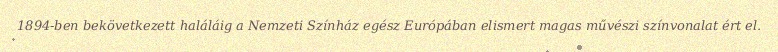
1894-ben bekövetkezett haláláig a Nemzeti Színház egész Európában elismert magas művészi színvonalat ért el.